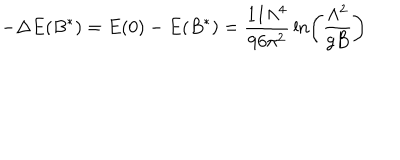
LaTeX: - \Delta E ( B ^ { * } ) = E ( 0 ) - E ( B ^ { * } ) = { \frac { 1 1 \Lambda ^ { 4 } } { 9 6 \pi ^ { 2 } } } \ln \left( { \frac { \Lambda ^ { 2 } } { g B } } \right)